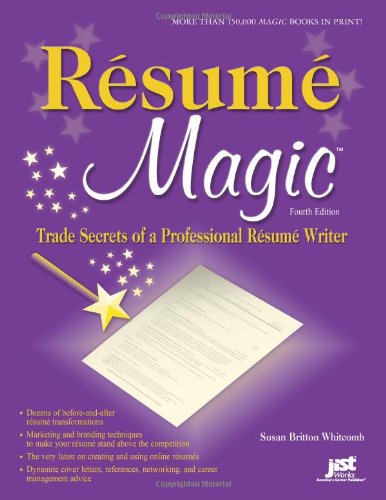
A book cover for Resume Magic, 4th Ed: Trade Secrets of a Professional Resume Writer (Resume Magic: Trade Secrets of a Professional Resume Writer); Susan Britton Whitcomb; Business & Money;